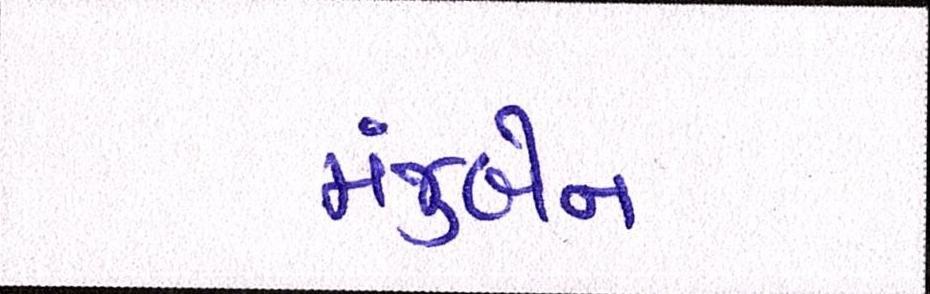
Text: મંજુબેન